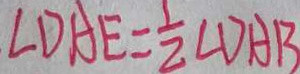
\angle D A E = \frac { 1 } { 2 } \angle D A B